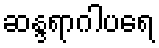
ဆန္ဒရာဂါပရေ